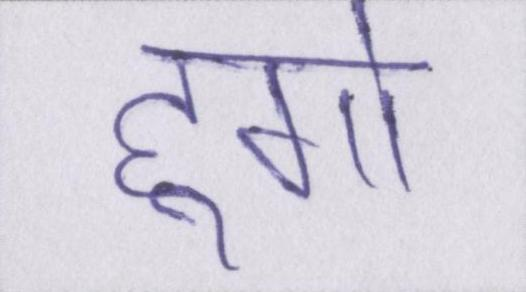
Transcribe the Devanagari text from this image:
हूगो